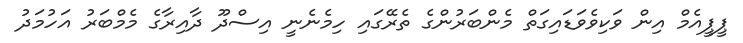
ޕީޕީއެމް އިން ވަކިވެވަޑައިގަތް މެންބަރުންގެ ތެރޭގައި ހިމެނެނީ އިސްދޫ ދާއިރާގެ މެމްބަރު އަހުމަދު